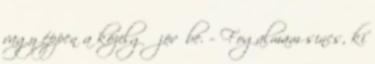
vagy éppen a közelgő jövőbe. – Fogalmam sincs, ki